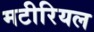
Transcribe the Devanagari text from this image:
मटीरियल